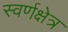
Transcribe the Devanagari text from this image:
स्वर्णक्षेत्र